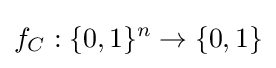
f_{C}:\{0,1\}^{n}\to \{0,1\}